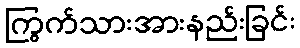
ကြွက်သားအားနည်းခြင်း